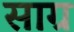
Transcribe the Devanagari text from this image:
साग्र